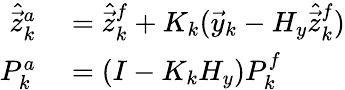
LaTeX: \begin{array}{rl}{\hat{\vec{z}}_{k}^{a}}&{{}=\hat{\vec{z}}_{k}^{f}+K_{k}(\vec{y}_{k}-H_{y}\hat{\vec{z}}_{k}^{f})}\\ {P_{k}^{a}}&{{}=(I-K_{k}H_{y})P_{k}^{f}}\end{array}